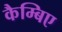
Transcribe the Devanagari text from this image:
कैम्बिए